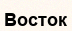
Восток